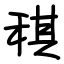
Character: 稘